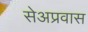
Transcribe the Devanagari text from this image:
सेअप्रवास